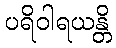
ပရိဝါရယန္တိ